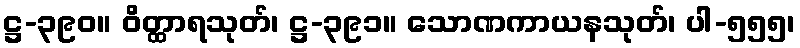
ဋ္ဌ-၃၉၀။ ဝိတ္ထာရသုတ်၊ ဋ္ဌ-၃၉၁။ သောဏကာယနသုတ်၊ ပါ-၅၅၅၊